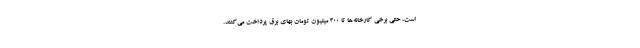
است، حتی برخی کارخانه‌ها تا 300 میلیون تومان بهای برق پرداخت می‌کنند.